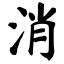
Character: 消